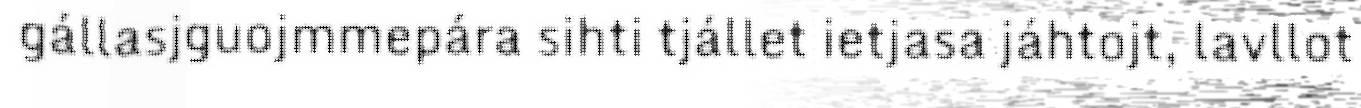
gállasjguojmmepára sihti tjállet ietjasa jáhtojt, lavllot